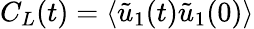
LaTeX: C_{L}(t)=\langle\tilde{u}_{1}(t)\tilde{u}_{1}(0)\rangle